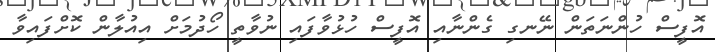
އޮފީސް ހުންނަތަން ނޭނގި ގެންނާއި އޮފީސް ހުޅުވާފައި ނުވާތީ ހޯދުމަށް އިއުލާން ކޮށްފައިވާ